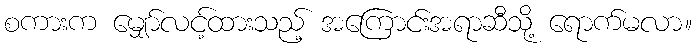
စကားက မျှော်လင့်ထားသည့် အကြောင်းအရာဆီသို့ ရောက်မလာ။